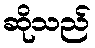
ဆိုသည်